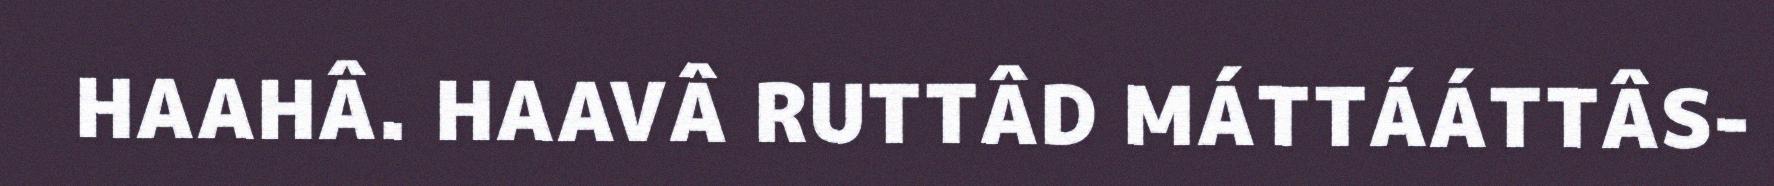
HAAHÂ. HAAVÂ RUTTÂD MÁTTÁÁTTÂS-